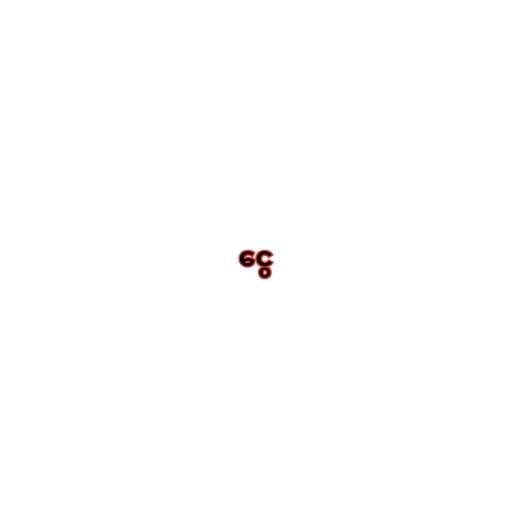
ငွေ